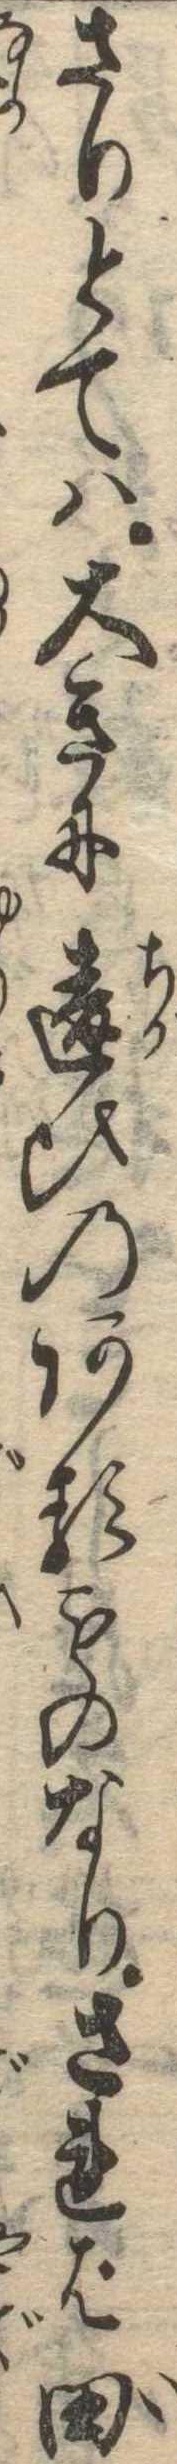
さりとては大きに違ひのあるものなりされば田